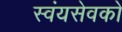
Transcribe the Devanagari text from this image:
स्वंयसेवको